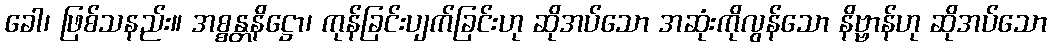
ခေါ၊ ဖြစ်သနည်း။ အစ္စန္တနိဋ္ဌော၊ ကုန်ခြင်းပျက်ခြင်းဟု ဆိုအပ်သော အဆုံးကိုလွန်သော နိဗ္ဗာန်ဟု ဆိုအပ်သော